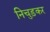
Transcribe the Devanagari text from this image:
निचुड़कर